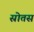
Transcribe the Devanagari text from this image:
स्रोतस